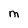
Character: m